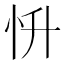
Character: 𢗢